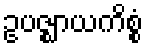
ဥပဇ္ဈာယကိစ္စံ